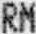
RM